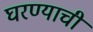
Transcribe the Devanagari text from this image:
घरण्याची